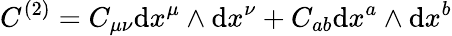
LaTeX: C^{(2)}=C_{\mu\nu}\mathrm{d}x^{\mu}\wedge\mathrm{d}x^{\nu}+C_{ab}\mathrm{d}x^{a}\wedge\mathrm{d}x^{b}